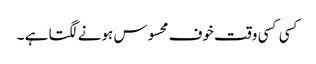
کسی کسی وقت خوف محسوس ہونے لگتا ہے ۔